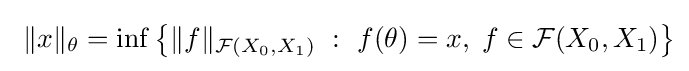
\ \|x\|_{\theta }=\inf \left\{\|f\|_{{\mathcal {F}}(X_{0},X_{1})}\ :\ f(\theta )=x,\;f\in {\mathcal {F}}(X_{0},X_{1})\right\}